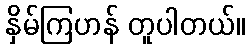
နှိမ်ကြဟန် တူပါတယ်။